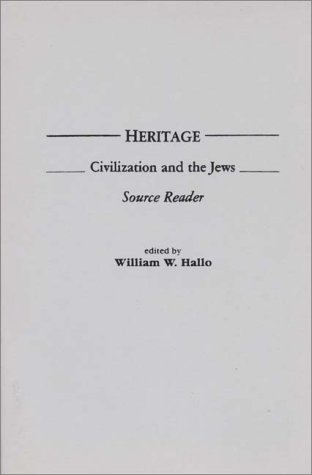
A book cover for Heritage: Civilization and the Jews: Source Reader; Biographies & Memoirs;